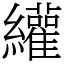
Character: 䌯